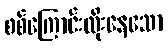
စစ်ကြောင်းထိုးနေသော